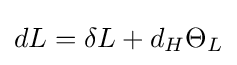
dL=\delta L+d_{H}\Theta _{L}